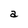
Character: a